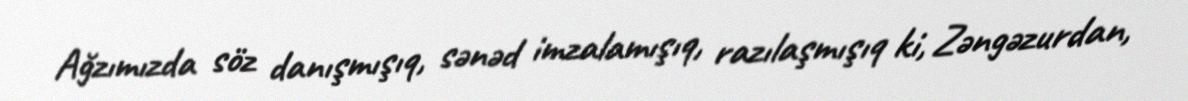
Ağzımızda söz danışmışıq, sənəd imzalamışıq, razılaşmışıq ki, Zəngəzurdan,